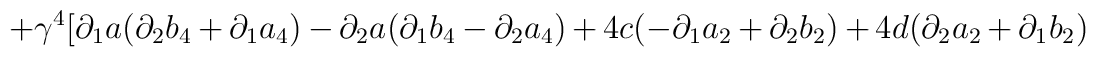
+\gamma ^{4}[\partial _{1}a(\partial _{2}b_{4}+\partial _{1}a_{4})-\partial _{2}a(\partial _{1}b_{4}-\partial _{2}a_{4})+4c(-\partial _{1}a_{2}+\partial _{2}b_{2})+4d(\partial _{2}a_{2}+\partial _{1}b_{2})